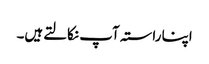
اپنا راستہ آپ نکالتےہیں۔